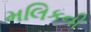
મલિકની